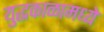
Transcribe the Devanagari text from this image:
युद्धकाळामध्ये